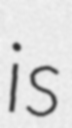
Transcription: is